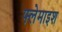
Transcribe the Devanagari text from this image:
फ्लेमाइश